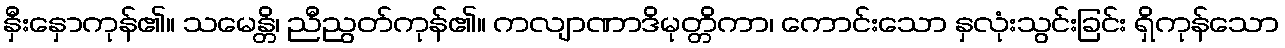
နှီးနှောကုန်၏။ သမေန္တိ၊ ညီညွတ်ကုန်၏။ ကလျာဏာဒိမုတ္တိကာ၊ ကောင်းသော နှလုံးသွင်းခြင်း ရှိကုန်သော